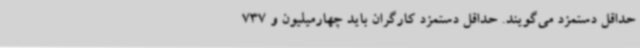
حداقل دستمزد می‌گویند. حداقل دستمزد کارگران باید چهارمیلیون و 737